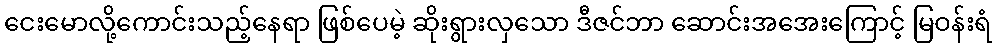
ငေးမောလို့ကောင်းသည့်နေရာ ဖြစ်ပေမဲ့ ဆိုးရွားလှသော ဒီဇင်ဘာ ဆောင်းအအေးကြောင့် မြဝန်းရံ